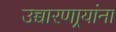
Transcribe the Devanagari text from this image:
उच्चारणार्‍यांना